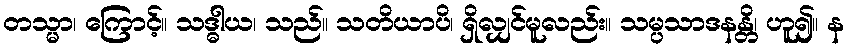
တသ္မာ၊ ကြောင့်။ သဒ္ဓါယ၊ သည်။ သတိယာပိ၊ ရှိလျှင်မူလည်း။ သမ္ပသာဒနန္တိ၊ ဟူ၍။ န